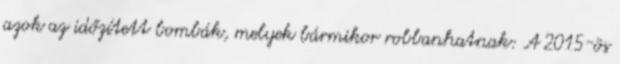
azok az időzített bombák, melyek bármikor robbanhatnak: A 2015-ös